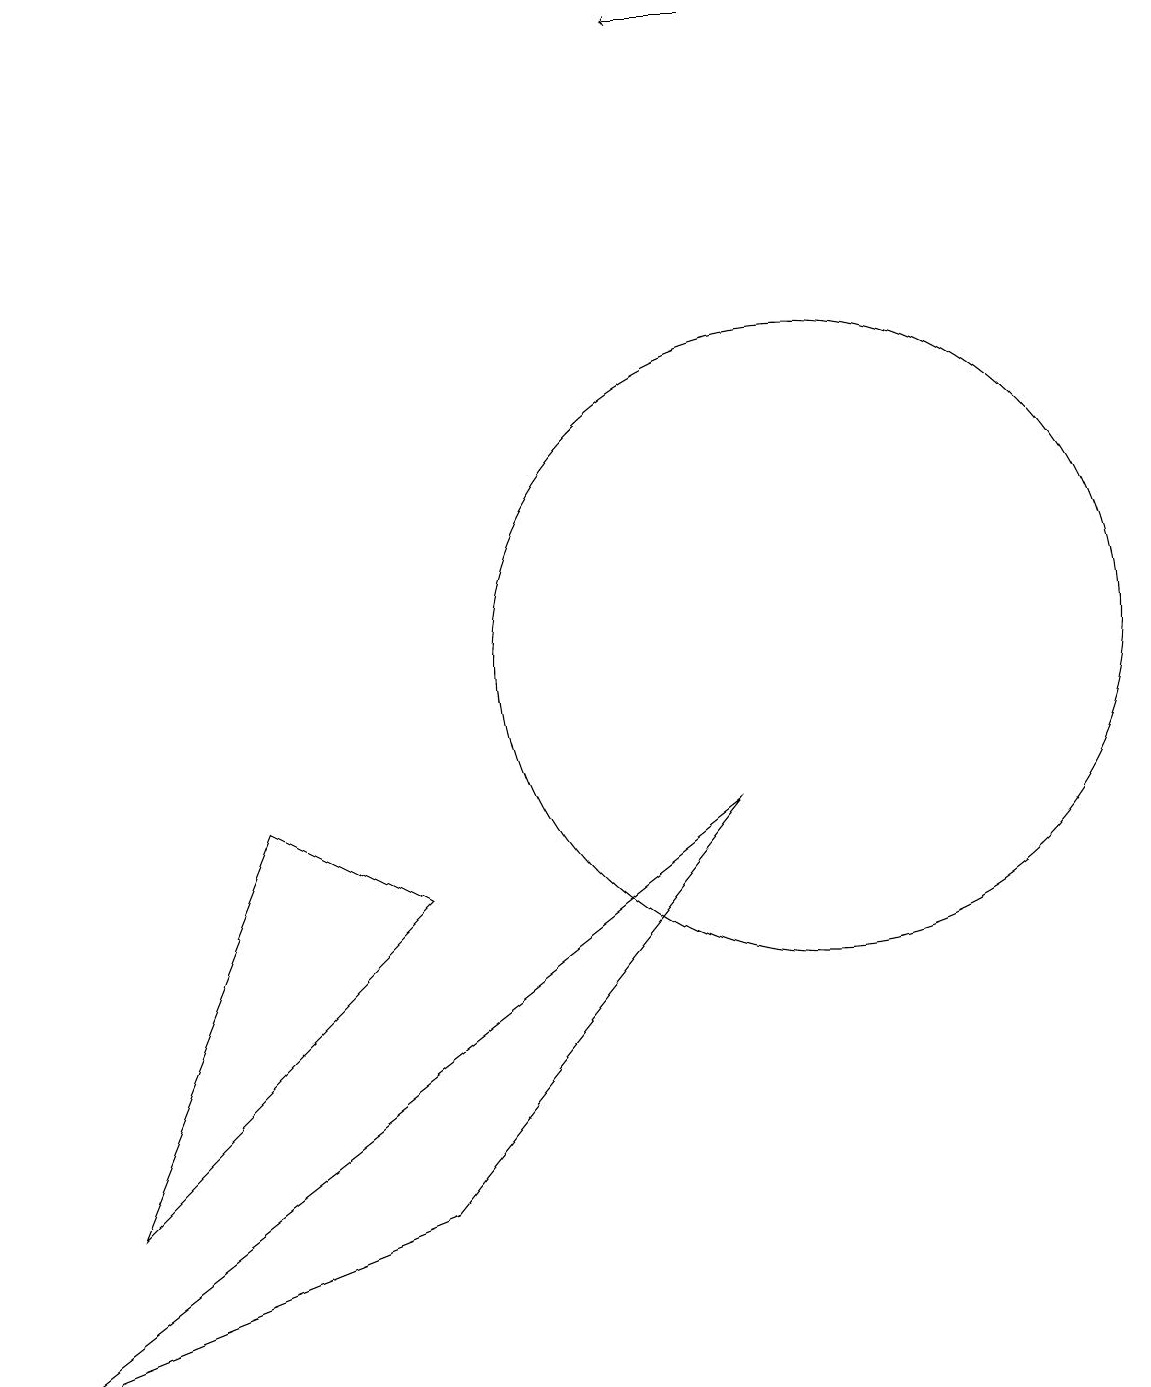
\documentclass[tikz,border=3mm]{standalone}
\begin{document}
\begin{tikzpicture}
\draw[->] (9,19) -- (8,19);
\draw (1,4) -- (3,9) -- (5,8) -- cycle;
\draw (5,12) rectangle (5,12);
\draw (10,11) circle (4);
\draw (9,9) -- (0,2) -- (5,4) -- cycle;
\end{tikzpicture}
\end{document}